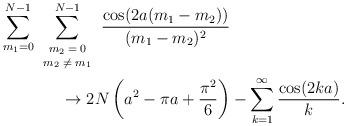
LaTeX: \begin{align*}\sum_{m_1=0}^{N-1}\sum_{\scriptsize\begin{array}{c}m_2=0\\ m_2\neq m_1\end{array}}^{N-1} \frac{ \cos(2a(m_1-m_2))}{(m_1-m_2)^2} & \\\rightarrow 2N\left(a^2-\pi a+\frac{\pi^2}{6}\right)&-\sum_{k=1}^{\infty}\frac{\cos(2ka)}{k}.\end{align*}